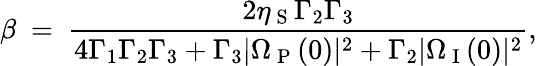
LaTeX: \beta~=~\frac{{2\eta_{\mathrm{~S~}}\Gamma_{2}\Gamma_{3}}}{{4\Gamma_{1}\Gamma_{2}\Gamma_{3}+\Gamma_{3}|\Omega_{\mathrm{~P~}}(0)|^{2}+\Gamma_{2}|\Omega_{\mathrm{~I~}}(0)|^{2}}},